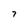
Character: 7